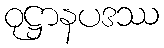
ဝုဋ္ဌာနပဒဿ